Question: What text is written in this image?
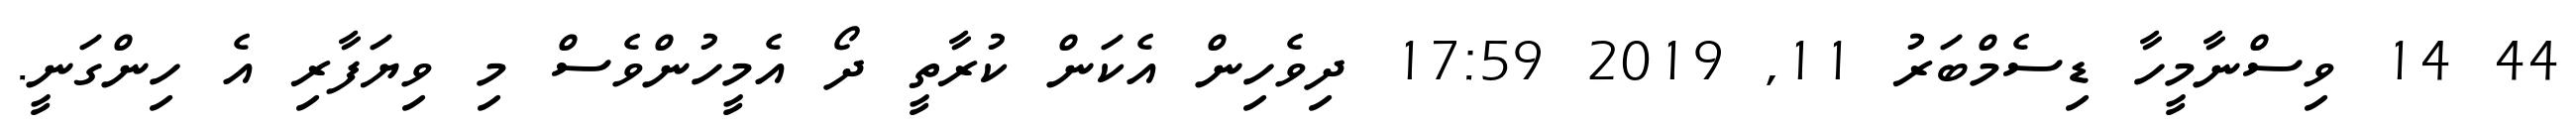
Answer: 44 14 ވިސްނާމީހާ ޑިސެމްބަރު 11, 2019 17:59 ދިވެހިން އެކަން ކުރާތީ ދޯ އެމީހުންވެސް މި ވިޔަފާރި އެ ހިންގަނީ.